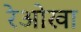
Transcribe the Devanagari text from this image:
रेओखा